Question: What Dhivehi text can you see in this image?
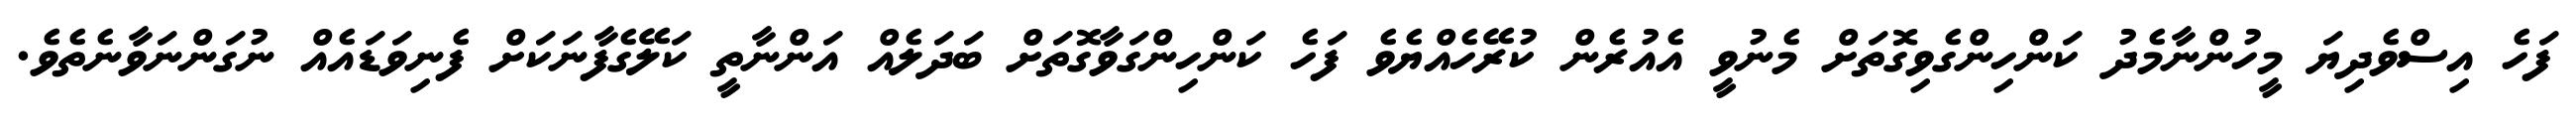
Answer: ފަހެ އިސްވެދިޔަ މީހުންނާމެދު ކަންހިންގެވިގޮތަށް މެނުވީ އެއުރެން ކުރޭހެއްޔެވެ ފަހެ ކަންހިންގަވާގޮތަށް ބަދަލެއް އަންނާތީ ކަލޭގެފާނަކަށް ފެނިވަޑައެއް ނުގަންނަވާނެތެވެ.